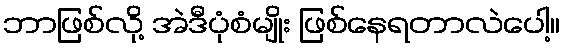
ဘာဖြစ်လို့ အဲဒီပုံစံမျိုး ဖြစ်နေရတာလဲပေါ့။